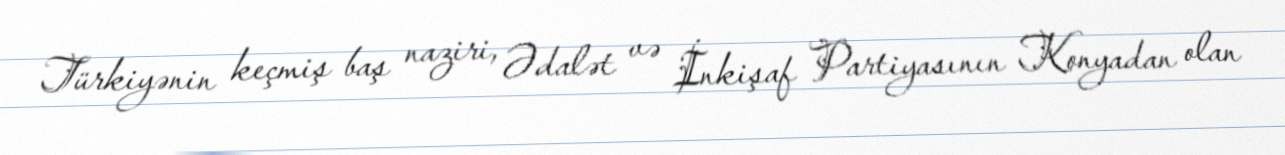
Türkiyənin keçmiş baş naziri, Ədalət və İnkişaf Partiyasının Konyadan olan